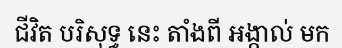
ជីវិត បរិសុទ្ធ នេះ តាំងពី អង្កាល់ មក